Report of the Bombay Veterinary College
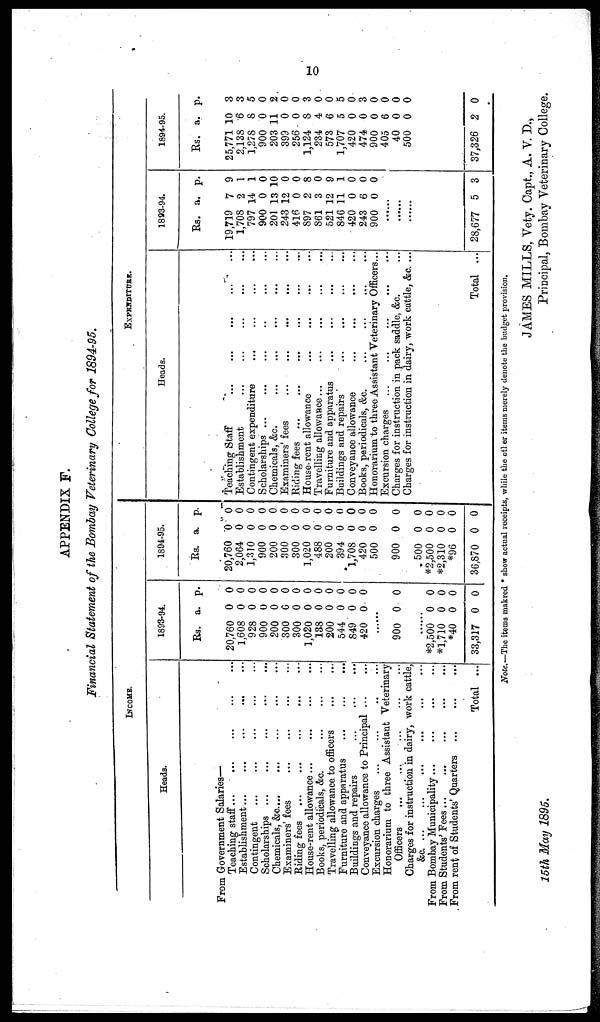
10
APPENDIX F.
Financial Statement of the Bombay Veterinary College for 1894-95.
INCOME.
Heads.
From Government Salaries—
Teaching staff... ... ... ...
Establishment...
...
...
...
Contingent
...
...
...
...
Scholarships
...
...
...
Chemicals,
&c....
...
...
...
Examiners' fees
...
...
...
Riding fees
...
...
...
...
House-rent allowance... ... ... ...
Books, periodicals, &c.
...
...
...
Travelling allowance, to officers
Furniture and apparatus
...
...
Buildings and repairs
...
...
Conveyance allowance to Principal ...
Excursion charges ... ... ...
...
...
...
...
...
...
...
...
...
...
...
...
...
...
Honorarium to three Assistant Veterinary
Officers
...
... ... ... ...
...
Charges for instruction in dairy, work cattle,
&c...
...
...
From Bombay Municipality...
...
...
From Students' Fees...
...
...
...
From rent of Students' Quarters ... ... ...
Total
...
...
...
1893-94.
Rs.
20,760
1,608
928
900
200
300
300
1,020
138
200
544
849
420
900
*2,500
*1,710
*40
33,317
a.
0
0
0
0
0
0
0
0
0
0
0
0
0
0
0
0
0
0
p.
0
0
0
0
0
0
0
0
0
0
0
0
0
0
0
0
0
0
1894-95.
Rs.
20,760
2,064
1,310
900
200
300
300
1,020
488
200
394
1,708
420
500
900
500
*2,500
*2,310
*96
36,870
a.
0
0
0
0
0
0
0
0
0
0
0
0
0
0
0
0
0
0
0
0
p.
0
0
0
0
0
0
0
0
0
0
0
0
0
0
0
0
0
0
0
0
EXPENDITURE.
Heads.
Teaching Staff
...
...
...
Establishment Contingent expenditure ...
Scholarships...
...
...
...
Chemicals, &c. ... ... ...
Examiners' fees
...
Riding
fees...
...
...
House-rent allowance ...
Travelling
allowance...
...
...
Furniture and apparatus
Buildings and repairs
...
Conveyance allowance ...
Books, periodicals, &c.
...
...
...
... ... ...
...
...
...
...
...
...
...
...
...
...
...
...
...
...
...
...
...
...
...
...
...
... ... ...
...
...
...
...
...
Honorarium to three Assistant Veterinary Officers...
Excursion charges ...
...
...
...
Charges for instruction in pack saddle, &c.
Charges for instruction in dairy, work cattle, &c. ...
Total ...
1893-94.
Rs.
19,719
1,708
797
900
201
243
416
897
861
521
846
420
243
900
28,677
a.
7
2
14
0
13
12
0
2
3
12
11
0
6
0
5
p.
9
1
1
0
10
0
0
8
0
9
1
0
0
0
3
1894-95.
Rs.
25,771
2,138
1,278
900
203
399
256
1,124
234
573
1,707
420
474
900
405
40
500
37,326
a.
10
6
8
0
11
0
0
8
4
6
5
0
0
0
6
0
0
2
p.
3
3
5
0
2
0
0
3
0
0
5
0
3
0
0
0
0
0
Note.—The items makred * show actual receipts, while the other items merely denote the budget provision.
JAMES MILLS, Vety. Capt., A. V. D.,
Principal, Bombay Veterinary College.
15th May 1895.